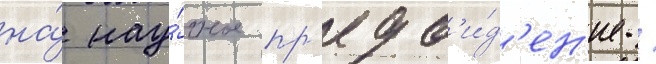
на́ нау́чное пр'едв'и́д'ен'ие /